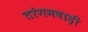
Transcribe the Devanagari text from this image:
तरंगमबाड़ी